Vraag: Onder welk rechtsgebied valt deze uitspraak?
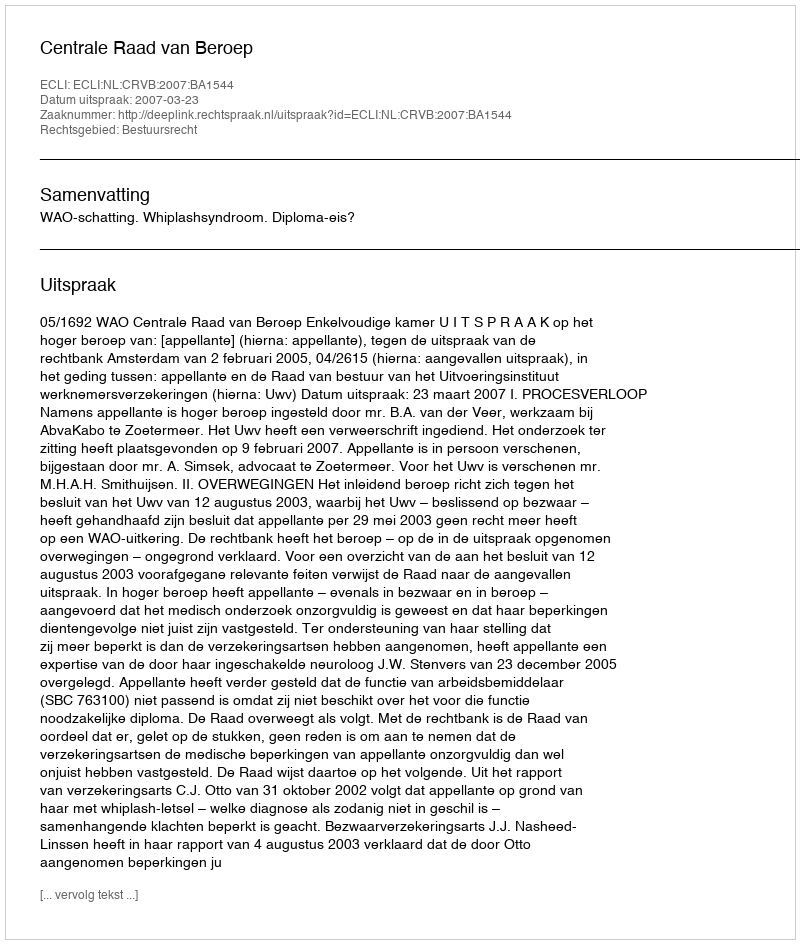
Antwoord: Bestuursrecht